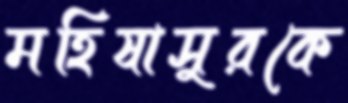
মহিষাসুরকে